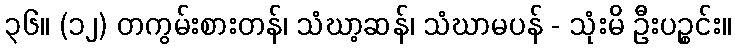
၃၆။ (၁၂) တကွမ်းစားတန်၊ သံဃာ့ဆန်၊ သံဃာမပန် - သုံးမိ ဦးပဉ္စင်း။